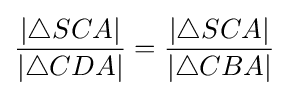
{\frac {|\triangle SCA|}{|\triangle CDA|}}={\frac {|\triangle SCA|}{|\triangle CBA|}}